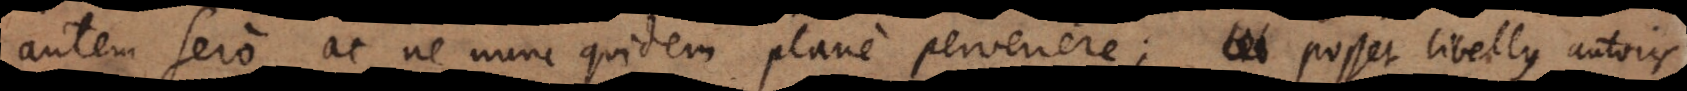
autem sero ac ne nunc quidem plane pervenere; posset libellus autoris